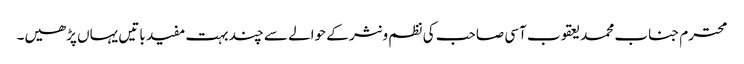
محترم جناب محمد یعقوب آسی صاحب کی نظم و نثر کے حوالے سے چند بہت مفید باتیں یہاں پڑھیں۔